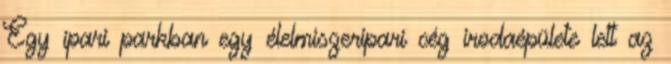
Egy ipari parkban egy élelmiszeripari cég irodaépülete lett az